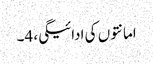
امانتوں کی ادائیگی، 4۔